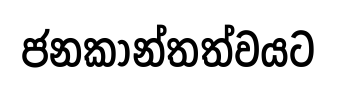
ජනකාන්තත්වයට